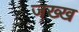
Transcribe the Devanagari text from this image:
जख्ख